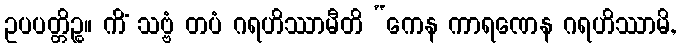
ဥပပတ္တိဉ္စ။ ကိံ သဗ္ဗံ တပံ ဂရဟိဿာမီတိ “ကေန ကာရဏေန ဂရဟိဿာမိ,